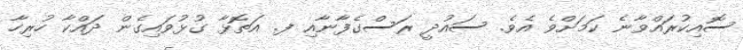
ސޮއިކުރައްވާނެ ކަމަށްވެ އެވެ. ސައުދީ ރަސްގެފާނާއި ފ. އަތޮޅާ ގުޅުވައިގެން ދައްކާ ހުރިހާ